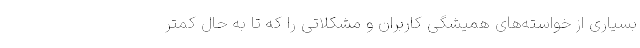
بسیاری از خواسته‌های همیشگی کاربران و مشکلاتی را که تا به حال کمتر